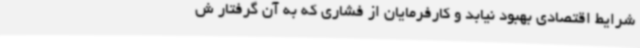
شرایط اقتصادی بهبود نیابد و کارفرمایان از فشاری که به آن گرفتار ش